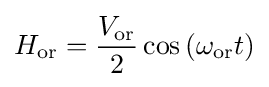
H_{\mathrm {or} }={\frac {V_{\mathrm {or} }}{2}}\cos {(\omega _{\mathrm {or} }t)}